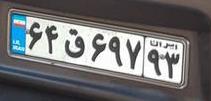
۶۴ق۶۹۷۹۳